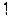
1